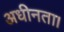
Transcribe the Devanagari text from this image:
अधीनता।